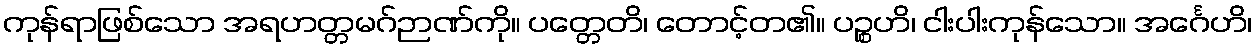
ကုန်ရာဖြစ်သော အရဟတ္တမဂ်ဉာဏ်ကို။ ပတ္တေတိ၊ တောင့်တ၏။ ပဉ္စဟိ၊ ငါးပါးကုန်သော။ အင်္ဂေဟိ၊